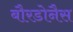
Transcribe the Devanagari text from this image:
बौरडोनैस